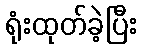
ရုံးထုတ်ခဲ့ပြီး